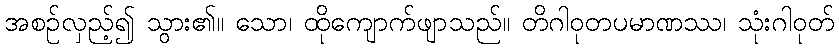
အစဉ်လှည့်၍ သွား၏။ သော၊ ထိုကျောက်ဖျာသည်။ တိဂါဝုတပမာဏဿ၊ သုံးဂါဝုတ်